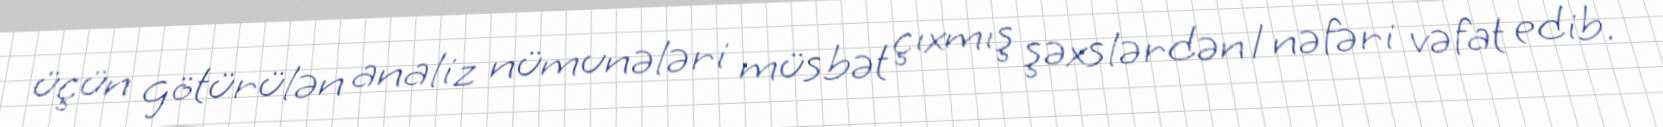
üçün götürülən analiz nümunələri müsbət çıxmış şəxslərdən 1 nəfəri vəfat edib.